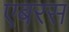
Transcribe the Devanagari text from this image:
एबरस